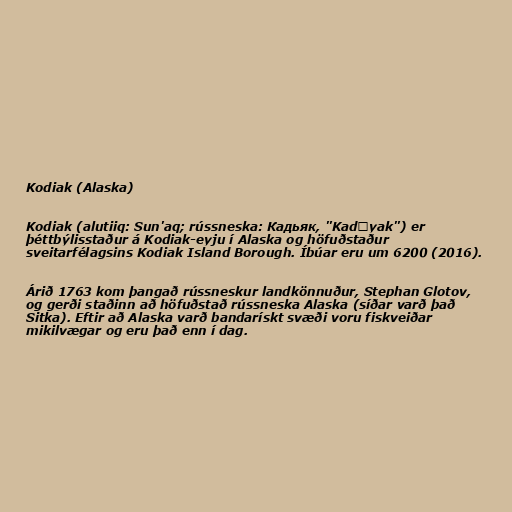
Kodiak (Alaska)

Kodiak (alutiiq: Sun'aq; rússneska: Кадьяк, "Kadʹyak") er
þéttbýlisstaður á Kodiak-eyju í Alaska og höfuðstaður
sveitarfélagsins Kodiak Island Borough. Íbúar eru um 6200 (2016).

Árið 1763 kom þangað rússneskur landkönnuður, Stephan Glotov,
og gerði staðinn að höfuðstað rússneska Alaska (síðar varð það
Sitka). Eftir að Alaska varð bandarískt svæði voru fiskveiðar
mikilvægar og eru það enn í dag.